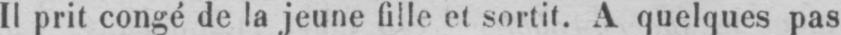
Il prit congé de la jeune lule et sortit. A quelques pas